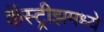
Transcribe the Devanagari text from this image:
कॅस्ट्रीझमध्ये